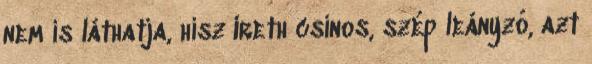
nem is láthatja, hisz Ireth csinos, szép leányzó, azt